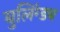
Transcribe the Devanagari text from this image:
बुलिंग्डब